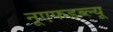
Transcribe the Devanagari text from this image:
नूएफडब्ल्यू